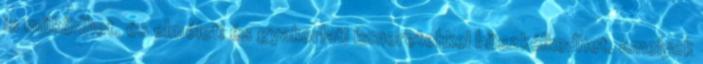
is működhet, és elméleti és gyakorlati ismeretekkel büszkélkedhet, amelyek